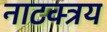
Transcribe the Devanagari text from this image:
नाटक्त्रय